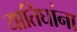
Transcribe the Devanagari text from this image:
यातिघांना